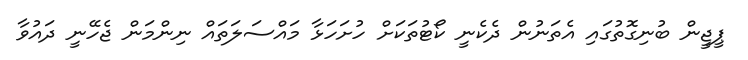
ޕީޖީން ބުނިގޮތުގައި އެތަނުން ދެކެނީ ކޯޓުތަކަށް ހުށަހަޅާ މައްސަލަތައް ނިންމަން ޖެހޭނީ ދައުވާ